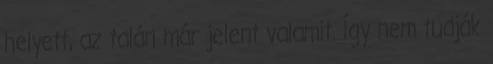
helyett, az talán már jelent valamit. Így nem tudják